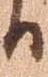
日